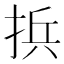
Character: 捠